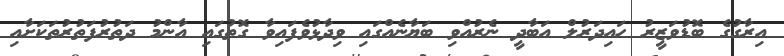
އިރާގުގެ ބޮޑުވަޒީރު ހައިދަރުލް އަބާދީ ނެރުއްވި ބަޔާނެއްގައި ވިދާޅުވެފައިވާ ގޮތުގައި އާންމު ދަތުރުފަތުރުތަކަށާއި